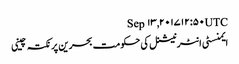
Sep ۱۳, ۲۰۱۷ ۱۲:۵۰ UTC
ایمنسٹی انٹرنیشنل کی حکومت بحرین پر نکتہ چینی